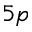
5 p